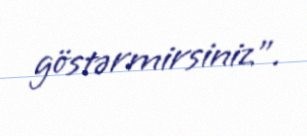
göstərmirsiniz”.